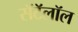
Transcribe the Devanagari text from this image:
सॅटॅलॉल